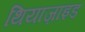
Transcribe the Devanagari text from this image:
थियाज़ाइड